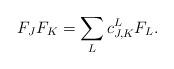
LaTeX: \begin{align*}F_{J}F_{K}=\sum_{L}c_{J,K}^{L}F_{L}.\end{align*}